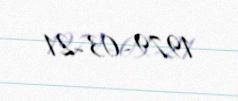
1979-03-21